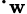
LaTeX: \cdot_{\mathbf{w}}